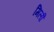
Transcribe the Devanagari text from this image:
मिलीँ